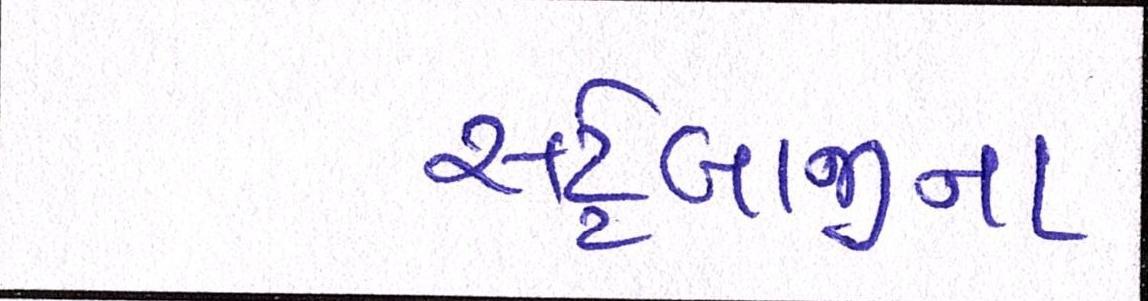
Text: સટ્ટેબાજીના